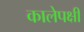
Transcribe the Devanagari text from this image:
कालेपक्षी